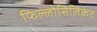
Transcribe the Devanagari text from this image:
फिल्लोसिलिकेट